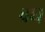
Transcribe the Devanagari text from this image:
वघ